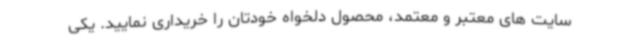
سایت های معتبر و معتمد، محصول دلخواه خودتان را خریداری نمایید. یکی